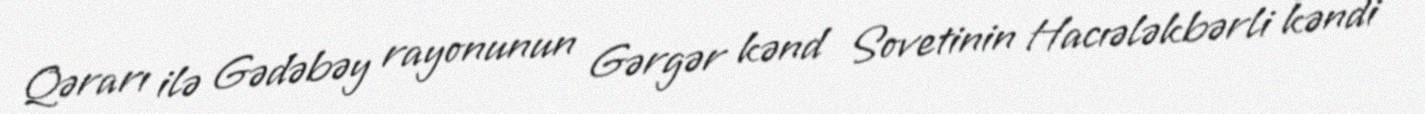
Qərarı ilə Gədəbəy rayonunun Gərgər kənd Sovetinin Hacıələkbərli kəndi